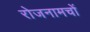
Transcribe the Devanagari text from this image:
रोजनामचों